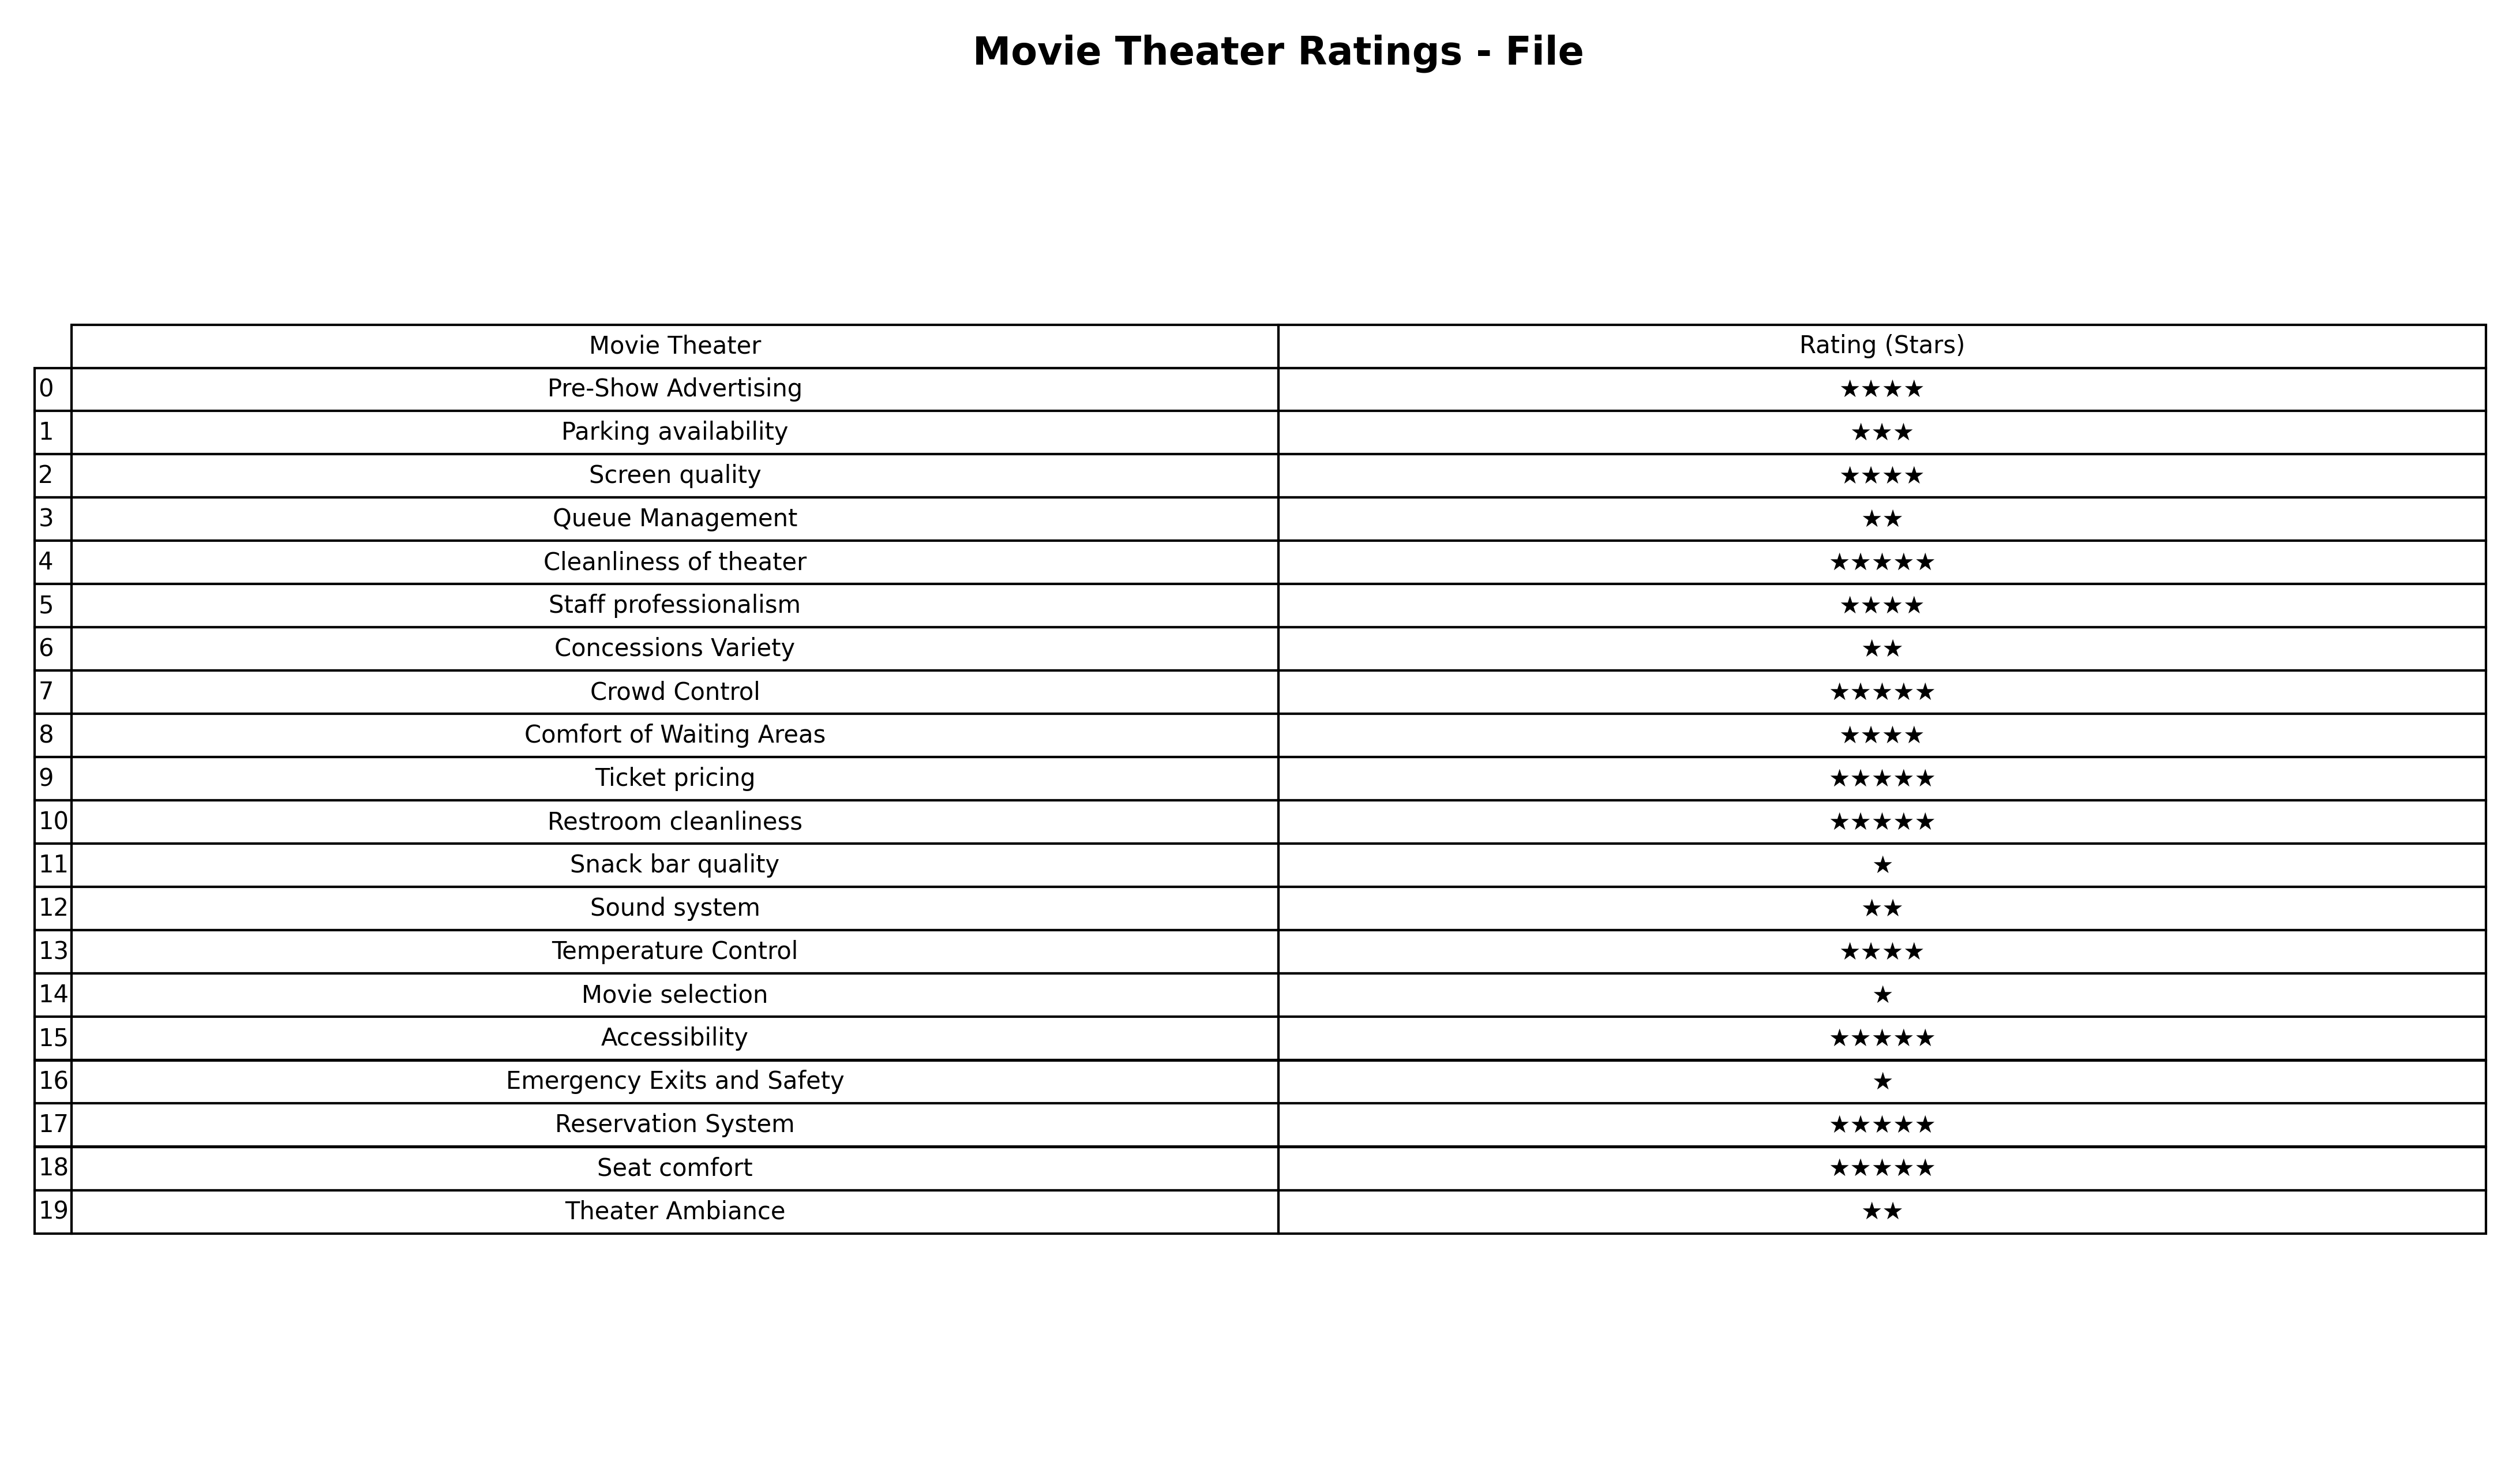
question: What is the rating of Reservation System?
answer: ★★★★★